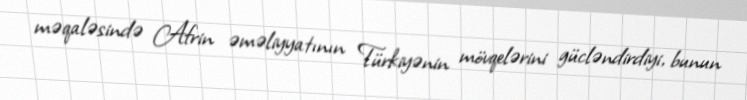
məqaləsində Afrin əməliyyatının Türkiyənin mövqelərini gücləndirdiyi, bunun